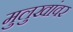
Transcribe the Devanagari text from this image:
मुलुखांवर